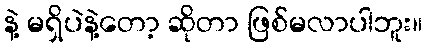
နဲ့ မရှိပဲနဲ့တော့ ဆိုတာ ဖြစ်မလာပါဘူး။